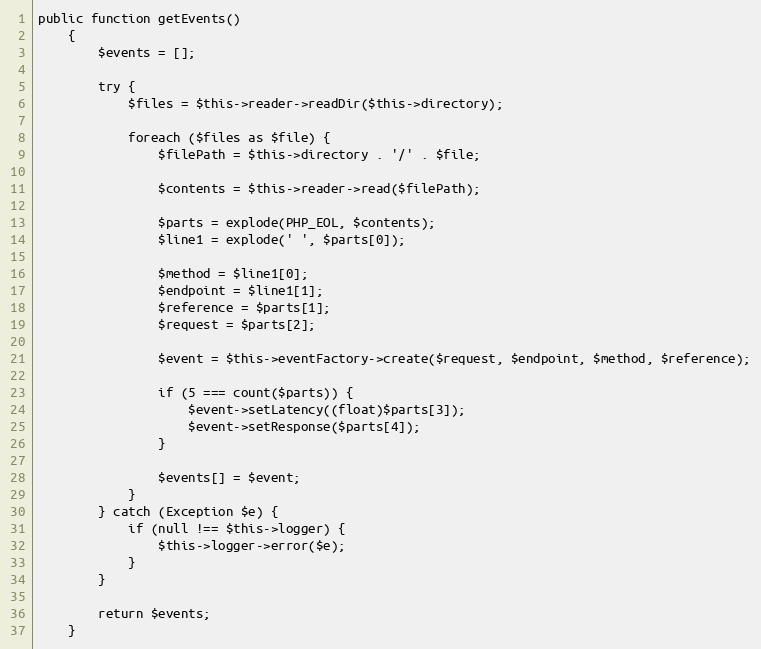
Language: PHP
public function getEvents()
    {
        $events = [];

        try {
            $files = $this->reader->readDir($this->directory);

            foreach ($files as $file) {
                $filePath = $this->directory . '/' . $file;

                $contents = $this->reader->read($filePath);

                $parts = explode(PHP_EOL, $contents);
                $line1 = explode(' ', $parts[0]);

                $method = $line1[0];
                $endpoint = $line1[1];
                $reference = $parts[1];
                $request = $parts[2];

                $event = $this->eventFactory->create($request, $endpoint, $method, $reference);

                if (5 === count($parts)) {
                    $event->setLatency((float)$parts[3]);
                    $event->setResponse($parts[4]);
                }

                $events[] = $event;
            }
        } catch (Exception $e) {
            if (null !== $this->logger) {
                $this->logger->error($e);
            }
        }

        return $events;
    }